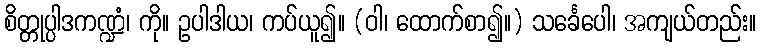
စိတ္တုပ္ပါဒကဏ္ဍံ၊ ကို။ ဥပါဒါယ၊ ကပ်ယူ၍။ (ဝါ၊ ထောက်စာ၍။) သင်္ခေပေါ၊ အကျယ်တည်း။